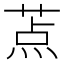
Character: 𬝐